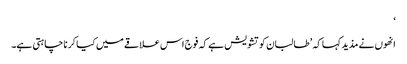
‘
انھوں نے مذید کہا کہ ’طالبان کو تشویش ہے کہ فوج اس علاقے میں کیا کر نا چاہتی ہے۔